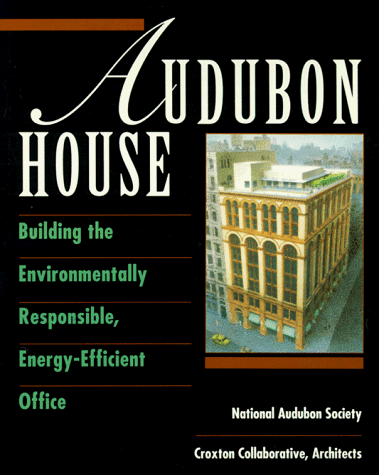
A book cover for Audubon House: Building the Environmentally Responsible, Energy-Efficient Office (Wiley Series in Sustainable Design); National Audubon Society; Crafts, Hobbies & Home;